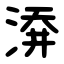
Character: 㴁